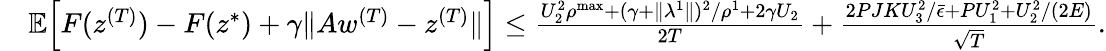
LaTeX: \begin{array}{rl}&{\mathbb{E}\Big[F(z^{(T)})-F(z^{*})+\gamma\| Aw^{(T)}-z^{(T)}\| \Big]\leq\frac{U_{2}^{2}\rho^{\mathrm{max}}+(\gamma+\| \lambda^{1}\| )^{2}/\rho^{1}+2\gamma U_{2}}{2T}+\frac{2PJKU_{3}^{2}/\bar{\epsilon}+PU_{1}^{2}+U_{2}^{2}/(2E)}{\sqrt{T}}.}\end{array}